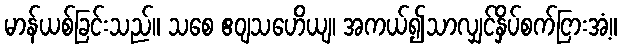
မာန်ယစ်ခြင်းသည်။ သစေ ဧဝျသဟေိယျ၊ အကယ်၍သာလျှင်နှိပ်စက်ငြားအံ့။